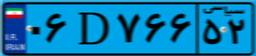
۰۶D۷۶۶۵۲